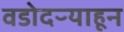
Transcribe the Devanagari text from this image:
वडोदऱ्याहून